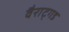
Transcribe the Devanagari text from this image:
वैराट्गड